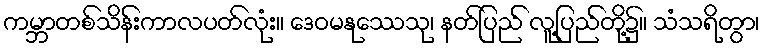
ကမ္ဘာတစ်သိန်းကာလပတ်လုံး။ ဒေဝမနုဿေသု၊ နတ်ပြည် လူ့ပြည်တို့၌။ သံသရိတွာ၊